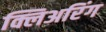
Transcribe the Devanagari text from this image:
क्लिअरिंग